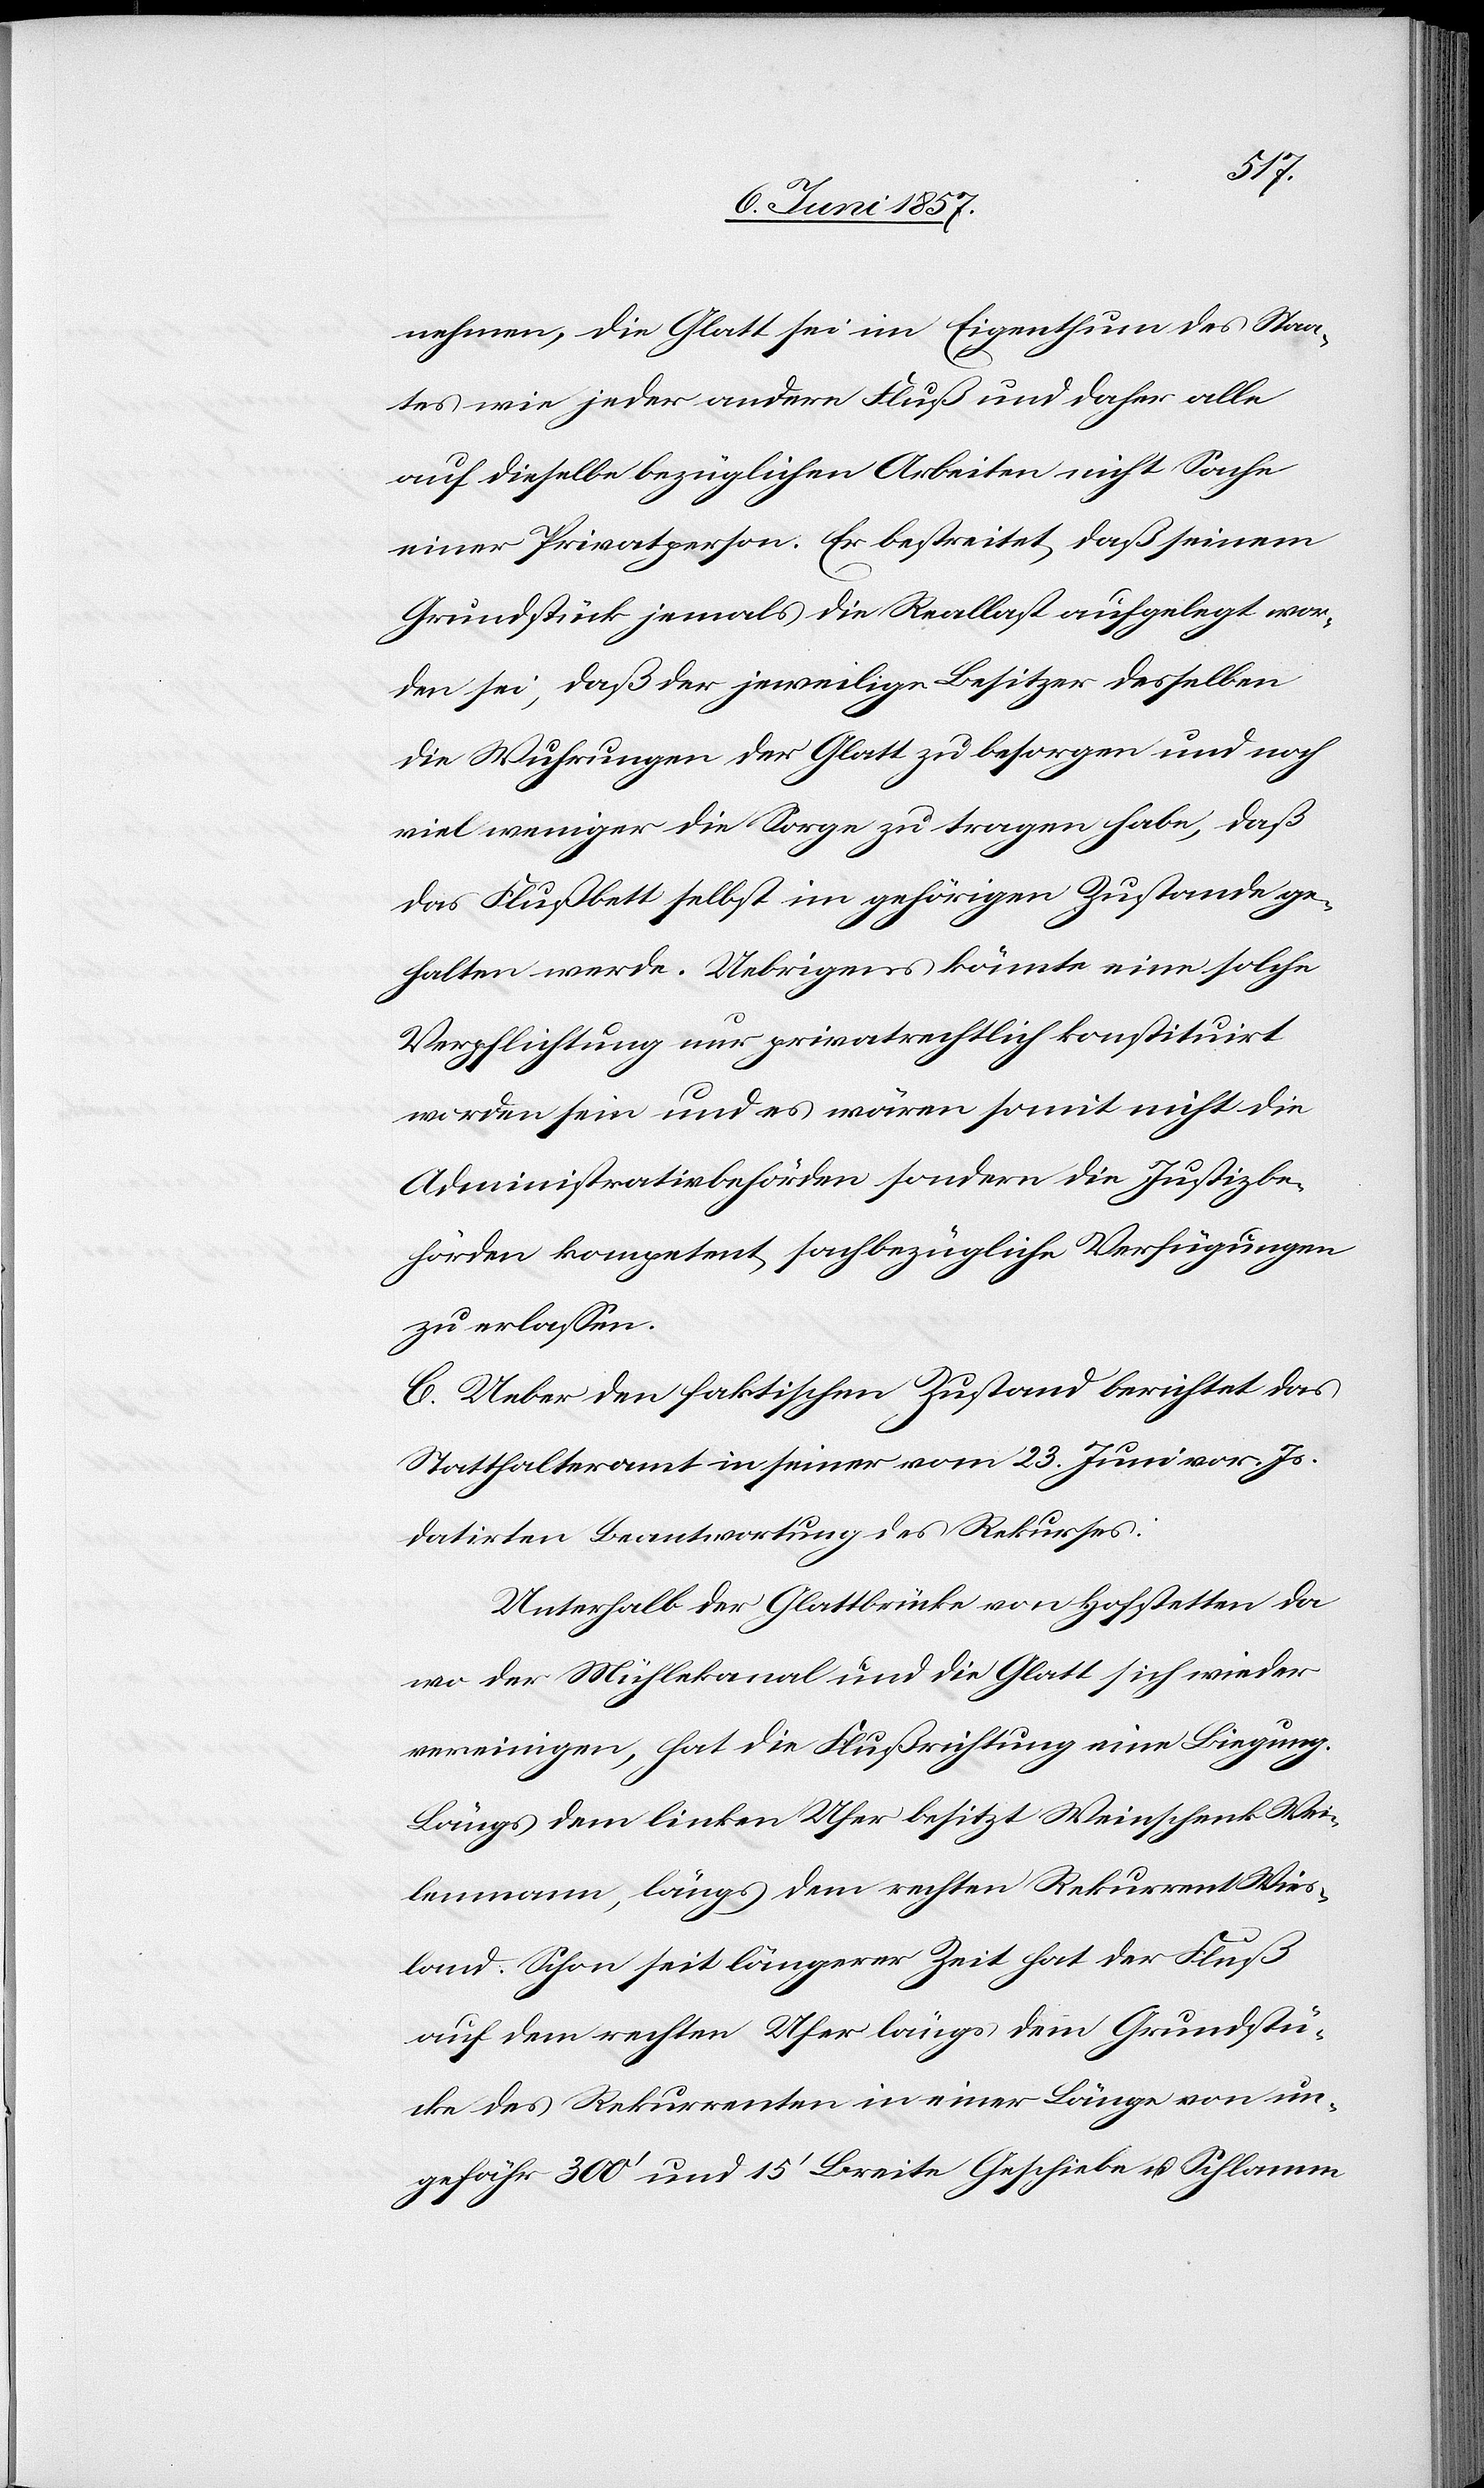
nehmen, die Glatt sei im Eigenthum des Staa¬
tes wie jeder andere Fluß und daher alle
auf dieselbe bezüglichen Arbeiten nicht Sache
einer Privatperson. Er bestreitet daß seinem
Grundstück jemals die Reallast aufgelegt wor¬
den sei, daß der jeweilige Besitzer desselben
die Wuhrungen der Glatt zu besorgen und noch
viel weniger die Sorge zu tragen habe, daß
das Flußbett selbst im gehörigen Zustande ge¬
halten werde. Uebrigens könnte eine solche
Verpflichtung nur privatrechtlich konstituirt
worden sein und es wären somit nicht die
Administrativbehörden sondern die Justizbe¬
hörden kompetent sachbezügliche Verfügungen
zu erlassen.
C. Ueber den faktischen Zustand berichtet das
Statthalteramt in seiner vom 23 Juni vor. Js.
datirten Beantwortung des Rekurses.
Unterhalb der Glattbrücke von Hofstetten da
wo der Mühlekanal und die Glatt sich wieder
vereinigen, hat die Flußrichtung eine Biegung.
Längs dem linken Ufer besitzt Weinschenk Wei¬
lenmann, längs dem rechten Rekurrent Wies¬
land. Schon seit längerer Zeit hat der Fluß
auf dem rechten Ufer längs dem Grundstü¬
cke des Rekurrenten in einer Länge von un¬
gefähr 300’ und 15’ Breite Geschiebe & Schlamm